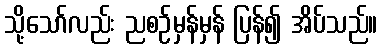
သို့သော်လည်း ညစဉ်မှန်မှန် ပြန်၍ အိပ်သည်။